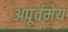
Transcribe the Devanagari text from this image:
अपूर्वमेय